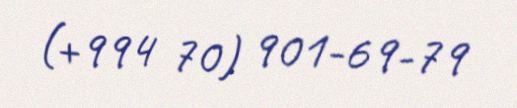
(+994 70) 901-69-79